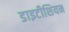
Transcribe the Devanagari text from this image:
डाइटीशियन